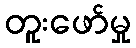
တူးဖော်မှု